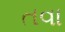
તવા